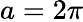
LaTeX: a=2\pi